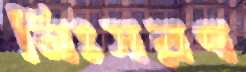
নিঃসরণ